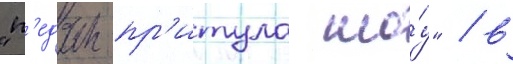
"п'едан-пр'итула шо́у" / в